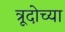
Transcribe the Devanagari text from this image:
त्रूदोच्या